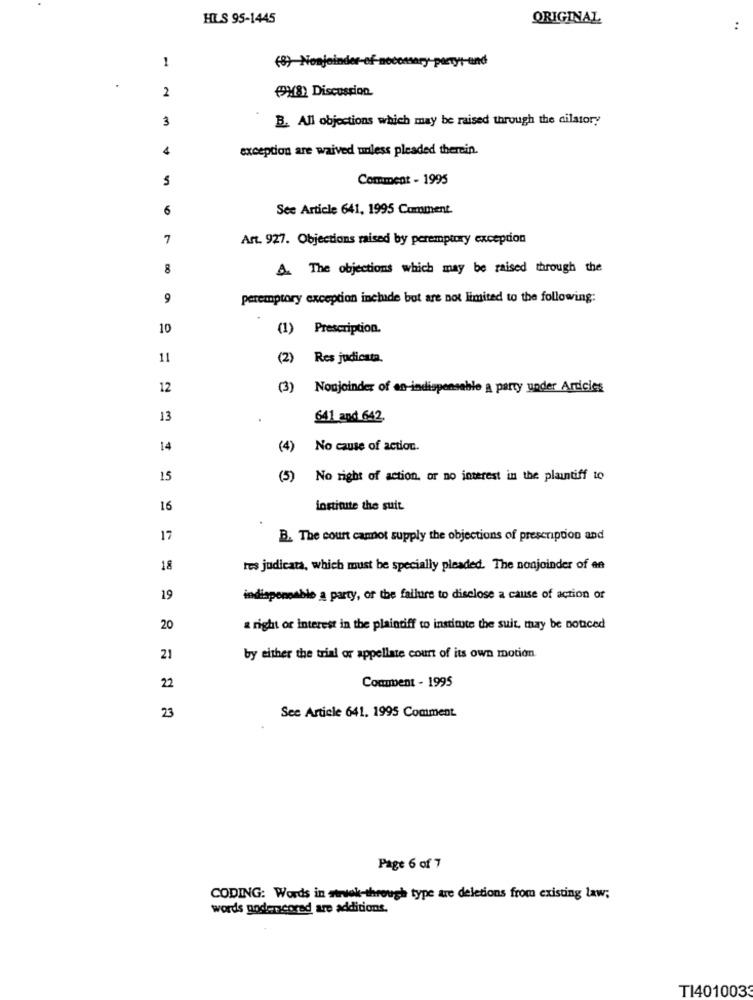
HLS 95-1445
ORIGINAL
:
1
(8) Nonjeinder-of-necessary-party ,- und
2
PPX18) Discussion.
3
B. All objections which may be raised through the cilstory
4
exception are waived unless pleaded therein.
5
Comment - 1995
6
See Article 641, 1995 Comment.
7
Art. 927. Objections raised by peremptory exception
8
A. The objections which may be raised through the
9
peremptory exception inchde but are not limited to the following:
10
(1) Prescription.
11
(2) Res judicata.
12
(3) Nonjoinder of an indispensable a party under Articles
13
641 and 642.
14
(4) No cause of action.
15
(5) No right of action. or no interest in the plaintiff to
16
institute the suit
17
B. The court cannot supply the objections of prescription and
18
res judicata, which must be specially pleaded. The nonjoinder of en
19
indispensable a party, or the failure to disclose a cause of action of
20
a right of interest in the plaintiff to institute the suit, may be noticed
21
by either the trial or appellate court of its own motion
Comment - 1995
22
23
See Article 641. 1995 Comment
Page 6 of 7
CODING: Words in stwok-through type are deletions from existing law;
words gode corad are additions.
TI401003